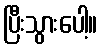
ပြီးသွားပေါ့။